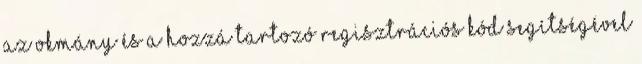
az okmány és a hozzá tartozó regisztrációs kód segítségével